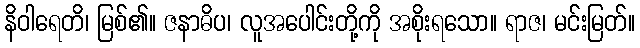
နိဝါရေတိ၊ မြစ်၏။ ဇနာဓိပ၊ လူအပေါင်းတို့ကို အစိုးရသော။ ရာဇ၊ မင်းမြတ်။